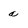
Character: a